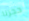
حجزنا